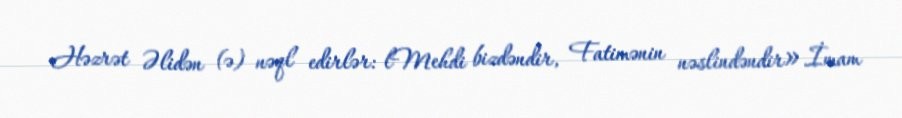
Həzrət Əlidən (ə) nəql edirlər: lMehdi bizdəndir, Fatimənin nəslindəndir».İmam